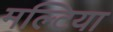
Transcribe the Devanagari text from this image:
मल्टिया